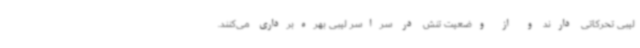
لیبی تحرکاتی دارند و از وضعیت تنش در سراسر لیبی بهره‌برداری می‌کنند.